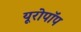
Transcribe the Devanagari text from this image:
यूरोपॉप